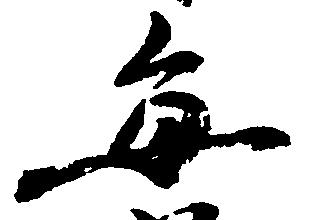
毎